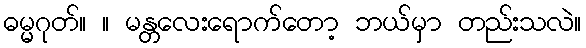
ဓမ္မဂုတ်။ ။ မန္တလေးရောက်တော့ ဘယ်မှာ တည်းသလဲ။